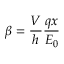
\beta = \frac { V } { h } \frac { q x } { E _ { 0 } }